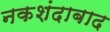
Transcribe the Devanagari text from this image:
नकशंदाबाद